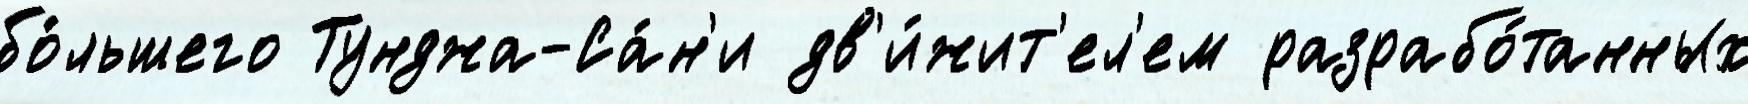
бо́льшего Тунджа-Са́н'и дв'и́жит'ел'ем разрабо́танных